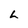
Character: L